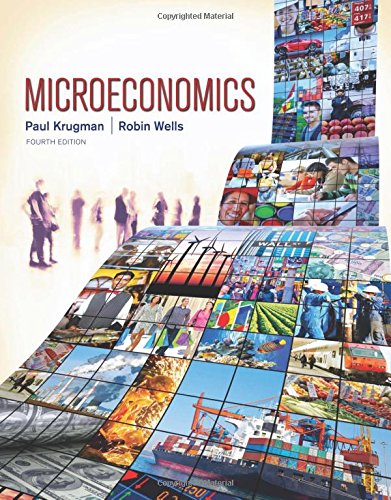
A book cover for Microeconomics; Paul Krugman; Business & Money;